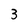
Character: 3